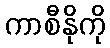
ကာစီနိုကို